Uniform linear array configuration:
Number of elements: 8
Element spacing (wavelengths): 0.5
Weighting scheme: hamming
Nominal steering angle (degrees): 45
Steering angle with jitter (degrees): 45.25
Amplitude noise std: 0.05
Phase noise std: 0.05

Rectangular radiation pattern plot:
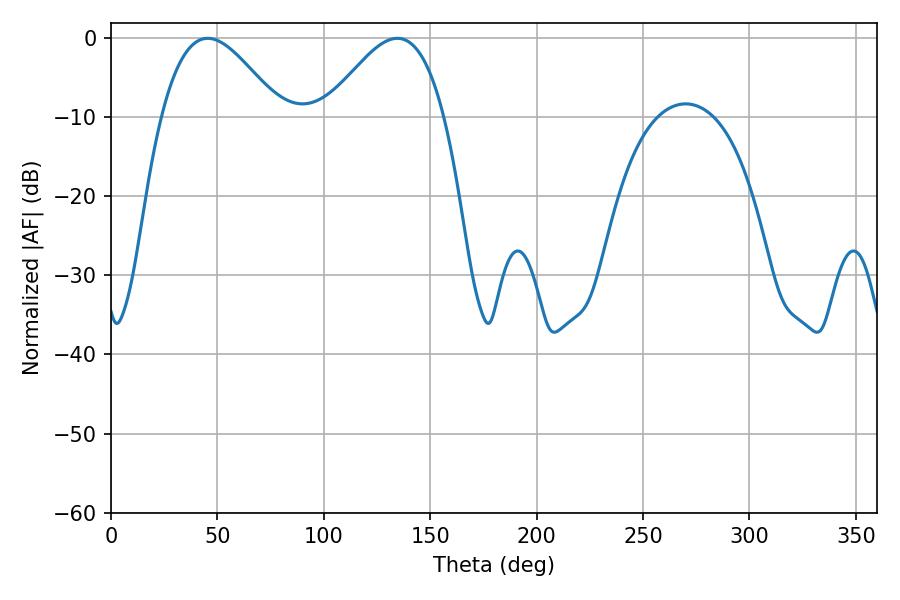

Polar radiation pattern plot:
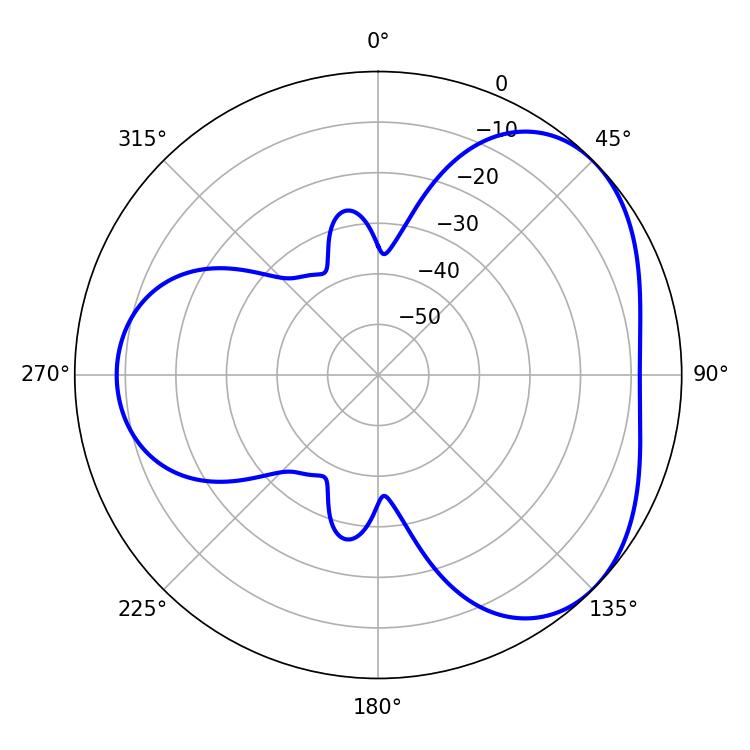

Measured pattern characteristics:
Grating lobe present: FALSE
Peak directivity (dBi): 3.999
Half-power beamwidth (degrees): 30.06
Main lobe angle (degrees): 45.36